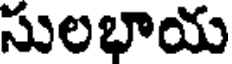
సులభాయ